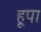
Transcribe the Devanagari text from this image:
हूपा